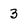
Character: 3